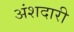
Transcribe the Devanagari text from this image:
अंशदारी